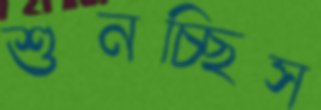
শুনচ্ছিস